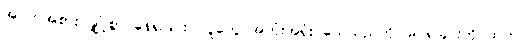
အဝတ်အစား ချို့ငဲ့စွာ နေရခြင်း၊ လူတွေ အတုံးအရုံး သေသည်ကို မြင်ရခြင်းတိုပထက်